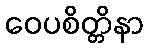
ဝေပစိတ္တိနာ